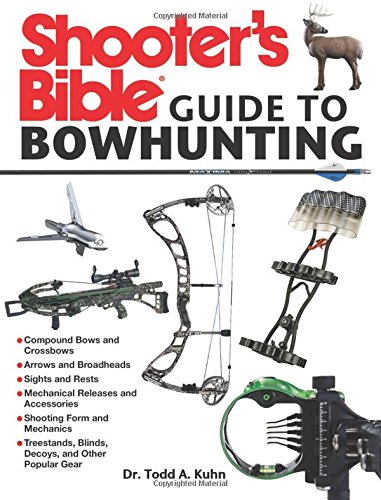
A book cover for Shooter's Bible Guide to Bowhunting; Todd A. Kuhn; Sports & Outdoors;